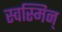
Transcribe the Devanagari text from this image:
स्वस्मिन्